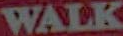
WALK